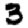
Digit: 3